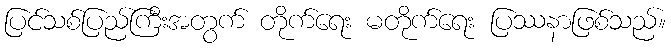
ပြင်သစ်ပြည်ကြီးအတွက် တိုက်ရေး မတိုက်ရေး ပြဿနာဖြစ်သည်။